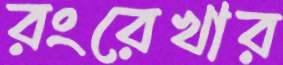
রংরেখার